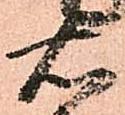
右